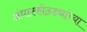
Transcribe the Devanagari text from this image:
अंधारकोठड्यांच्या